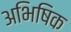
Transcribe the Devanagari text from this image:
अभिषिक